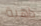
داهية